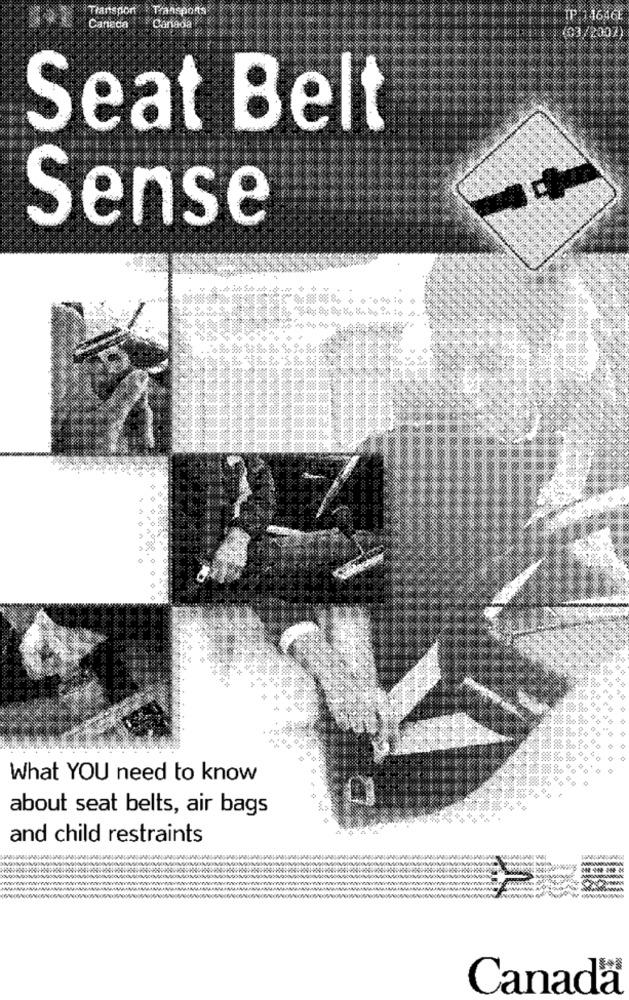
Transport Transports
Canada Canada
Seat Belt
Sense
What YOU need to know
about seat belts, air bags
and child restraints
Canada®